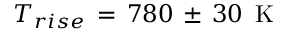
T _ { r i s e } \, = \, 7 8 0 \, \pm \, 3 0 \, \mathrm { ~ K ~ }